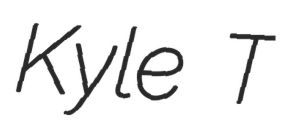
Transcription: Kyle T